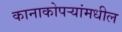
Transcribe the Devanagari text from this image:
कानाकोपर्‍यांमधील